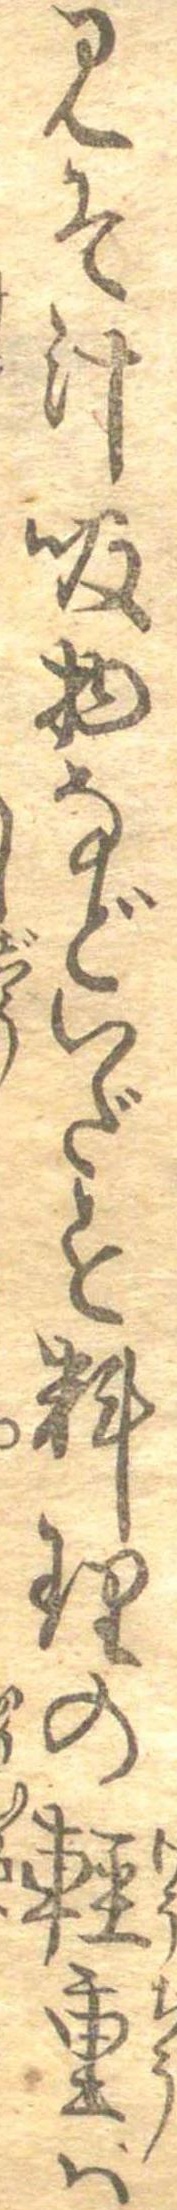
みそ汁吸物などいだす料理の軽重は